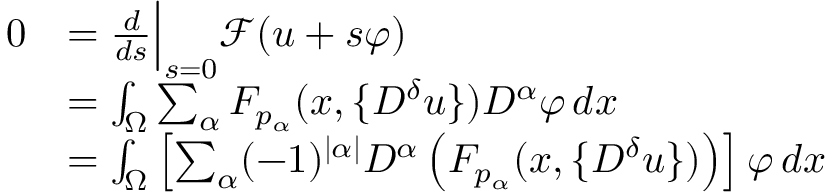
\begin{array} { r l } { 0 } & { = \frac { d } { d s } \Big | _ { s = 0 } \mathcal F ( u + s \varphi ) } \\ & { = \int _ { \Omega } \sum _ { \alpha } F _ { p _ { \alpha } } ( x , \{ D ^ { \delta } u \} ) D ^ { \alpha } \varphi \, d x } \\ & { = \int _ { \Omega } \left[ \sum _ { \alpha } ( - 1 ) ^ { | \alpha | } D ^ { \alpha } \left( F _ { p _ { \alpha } } ( x , \{ D ^ { \delta } u \} ) \right) \right] \varphi \, d x } \end{array}